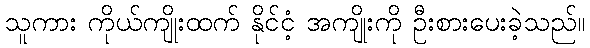
သူကား ကိုယ်ကျိုးထက် နိုင်ငံ့ အကျိုးကို ဦးစားပေးခဲ့သည်။